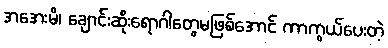
အအေးမိ၊ ချောင်းဆိုးရောဂါတွေမဖြစ်အောင် ကာကွယ်ပေးတဲ့